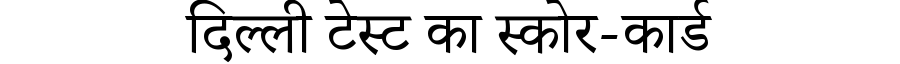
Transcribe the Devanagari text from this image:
दिल्ली टेस्ट का स्कोर-कार्ड